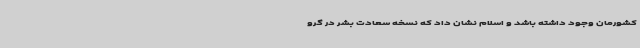
کشورمان وجود داشته باشد و اسلام نشان داد که نسخه سعادت بشر در گرو